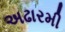
અઢારમી